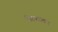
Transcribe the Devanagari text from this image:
गिरफ्तातार